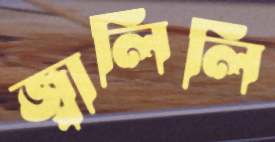
জ্বালিলি